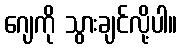
ဂျေကို သွားချင်လို့ပါ။